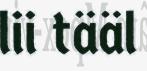
lii tääl